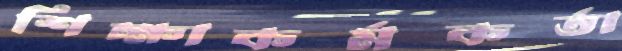
শিক্ষাকর্মকর্তা